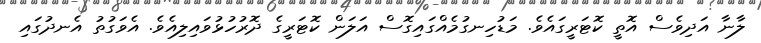
ލާނާ އަދިވެސް އޮތީ ކޮޓަރީގައެވެ. މަޑުހިނގުމެއްގައިގޮސް އަލަން ކޮޓަރީގެ ދޮރުހުޅުވައިލިއެވެ. އެވަގުތު އެނދުގައި